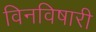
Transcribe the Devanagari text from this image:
विनविषारी